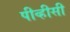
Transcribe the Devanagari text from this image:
पीव्हीसी